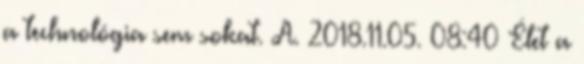
a technológia sem sokat. A. 2018.11.05. 08:40 Élet a